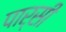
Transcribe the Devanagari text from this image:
पार्सी